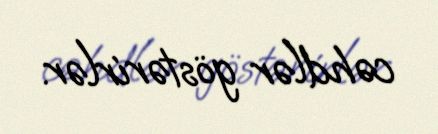
cəhdlər göstərirlər.